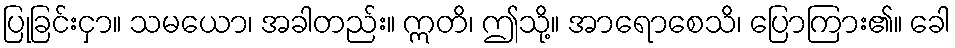
ပြုခြင်းငှာ။ သမယော၊ အခါတည်း။ ဣတိ၊ ဤသို့။ အာရောစေသိ၊ ပြောကြား၏။ ခေါ